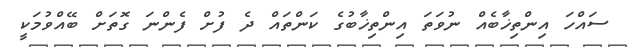
ސައްހަ އިންތިޚާބެއް ނުވަތަ އިންތިޚާބުގެ ކަންތައް ދެ ފުށް ފެންނަ ގޮތަށް ބޭއްވުމަކީ